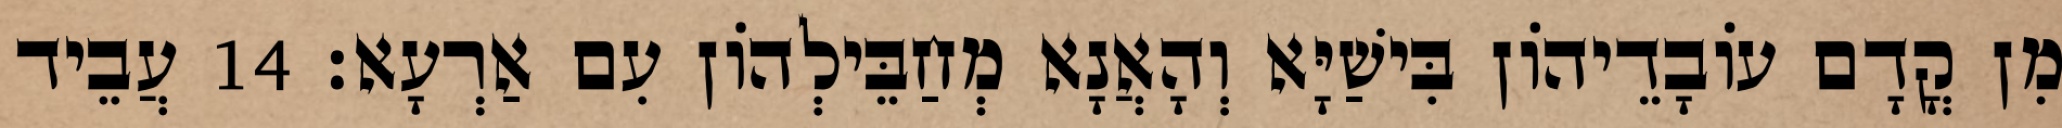
מִן קֳדָם עוֹבָדֵיהוֹן בִּישַׁיָּא וְהָאֲנָא מְחַבֵּילְהוֹן עִם אַרְעָא׃ 14 עֲבֵיד